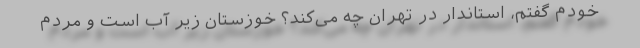
خودم گفتم، استاندار در تهران چه می‌کند؟ خوزستان زیر آب است و مردم